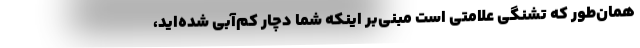
همان‌طور که تشنگی علامتی است مبنی‌بر اینکه شما دچار کم‌آبی شده‌اید،